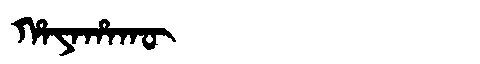
Manchu: ᡥᠠᠶᠠᡥᠠᡴᡡ
Romanization: HAYAHAKŪ